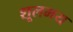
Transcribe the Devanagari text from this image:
शूलमय